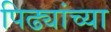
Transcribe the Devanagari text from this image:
पिढ्यांच्‍या